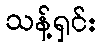
သန့်ရှင်း